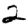
Digit: 2